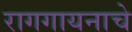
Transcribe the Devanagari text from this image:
रागगायनाचे